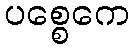
ပစ္စေကေ